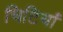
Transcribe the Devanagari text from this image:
चिटियां